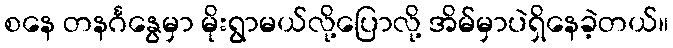
စနေ တနင်္ဂနွေမှာ မိုးရွာမယ်လို့ပြောလို့ အိမ်မှာပဲရှိနေခဲ့တယ်။